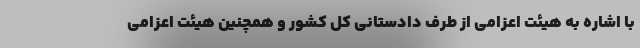
با اشاره به هیئت اعزامی از طرف دادستانی کل کشور و همچنین هیئت اعزامی